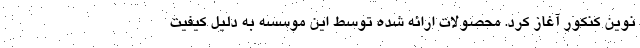
نوین کنکور آغاز کرد. محصولات ارائه شده توسط این موسسه به دلیل کیفیت